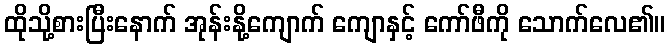
ထိုသို့စားပြီးနောက် အုန်းနို့ကျောက် ကျောနှင့် ကော်ဖီကို သောက်လေ၏။